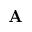
\bf A